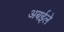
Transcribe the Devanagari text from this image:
अबईले